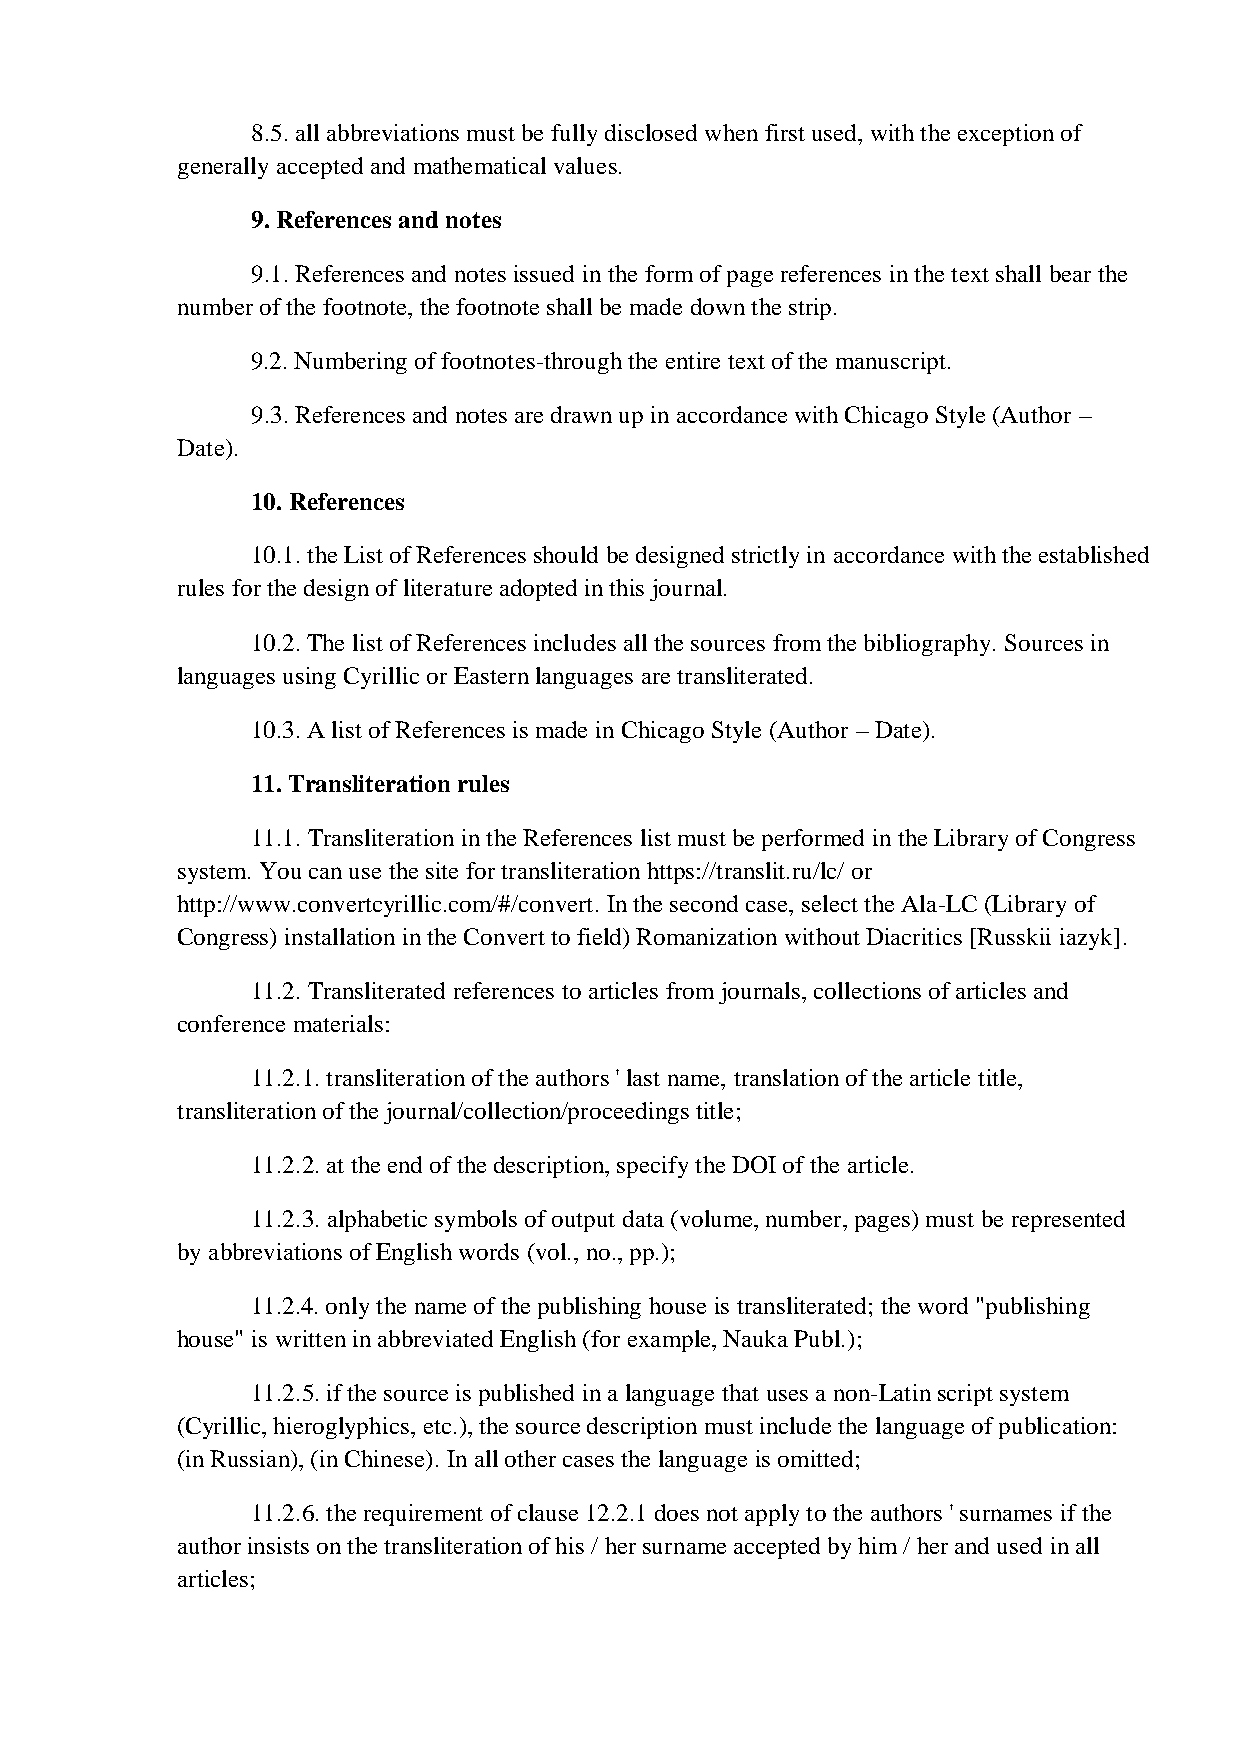
8.5. all abbreviations must be fully disclosed when first used, with the exception of
 generally accepted and mathematical values.
 9. References and notes
 9.1. References and notes issued in the form of page references in the text shall bear the
 number of the footnote, the footnote shall be made down the strip.
 9.2. Numbering of footnotes-through the entire text of the manuscript.
 9.3. References and notes are drawn up in accordance with Chicago Style (Author –
 Date).
 10. References
 10.1. the List of References should be designed strictly in accordance with the established
 rules for the design of literature adopted in this journal.
 10.2. The list of References includes all the sources from the bibliography. Sources in
 languages using Cyrillic or Eastern languages are transliterated.
 10.3. A list of References is made in Chicago Style (Author – Date).
 11. Transliteration rules
 11.1. Transliteration in the References list must be performed in the Library of Congress
 system. You can use the site for transliteration https://translit.ru/lc/ or
 http://www.convertcyrillic.com/#/convert. In the second case, select the Ala-LC (Library of
 Congress) installation in the Convert to field) Romanization without Diacritics [Russkii iazyk].
 11.2. Transliterated references to articles from journals, collections of articles and
 conference materials:
 11.2.1. transliteration of the authors ' last name, translation of the article title,
 transliteration of the journal/collection/proceedings title;
 11.2.2. at the end of the description, specify the DOI of the article.
 11.2.3. alphabetic symbols of output data (volume, number, pages) must be represented
 by abbreviations of English words (vol., no., pp.);
 11.2.4. only the name of the publishing house is transliterated; the word "publishing
 house" is written in abbreviated English (for example, Nauka Publ.);
 11.2.5. if the source is published in a language that uses a non-Latin script system
 (Cyrillic, hieroglyphics, etc.), the source description must include the language of publication:
 (in Russian), (in Chinese). In all other cases the language is omitted;
 11.2.6. the requirement of clause 12.2.1 does not apply to the authors ' surnames if the
 author insists on the transliteration of his / her surname accepted by him / her and used in all
 articles;